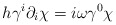
\begin{align*}h\gamma^i\partial_i\chi=i\omega\gamma^0\chi\end{align*}